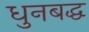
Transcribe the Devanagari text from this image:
धुनबद्ध